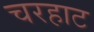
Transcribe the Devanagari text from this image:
चरहाट